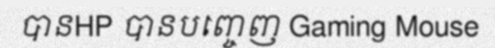
បានHP បានបញ្ចេញ Gaming Mouse